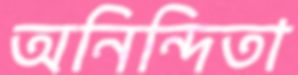
অনিন্দিতা